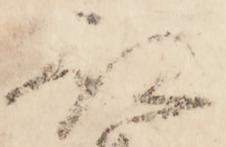
被